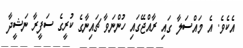
އެކެވެ. އެ މައްސަލާ ގައި ރާއްޖޭގައި ހުންނަވާ ޗައިނާގެ ކުރީގެ ސަފީރާ ނަޝީދާ